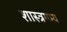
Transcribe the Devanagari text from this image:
शास्त्रगम्य